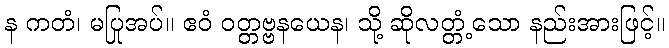
န ကတံ၊ မပြုအပ်။ ဧဝံ ဝတ္တဗ္ဗနယေန၊ သို့ ဆိုလတ္တံ့သော နည်းအားဖြင့်။